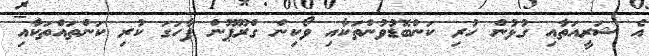
އެ ޝަރީއަތާއި ގުޅުން ހުރި ކަންބޮޑުވުންތަކާއި ވޯކިން ގްރޫޕޫން ފާހަގަ ކުރި ކަންތައްތަކާއި